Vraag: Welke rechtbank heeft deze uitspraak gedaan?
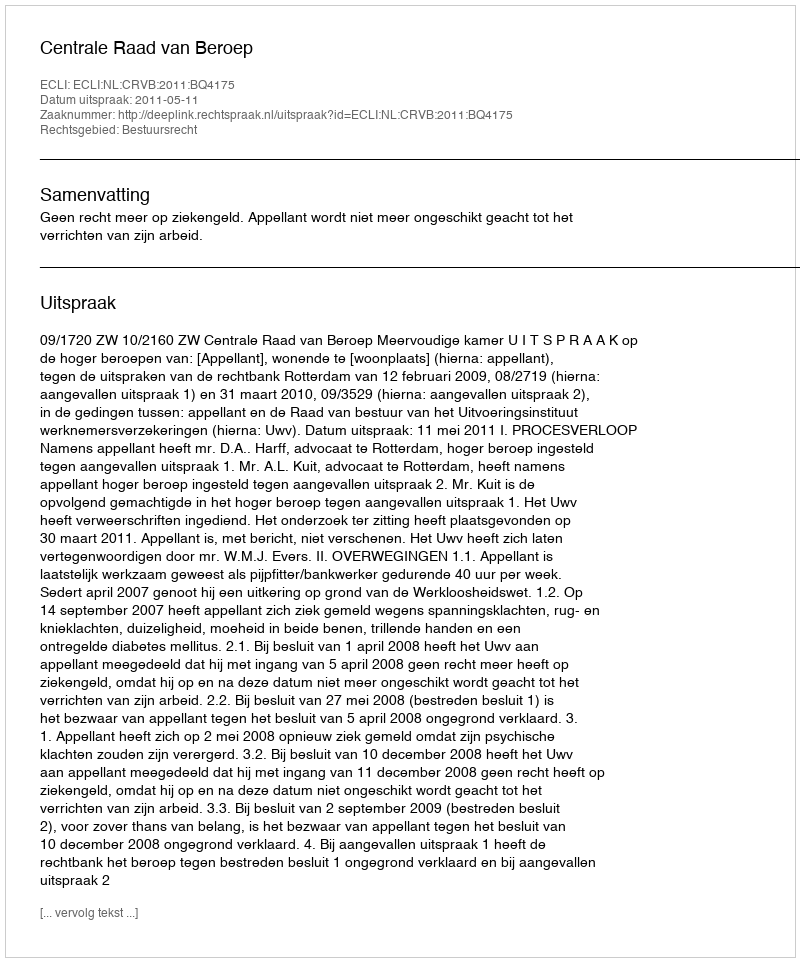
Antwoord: Centrale Raad van Beroep